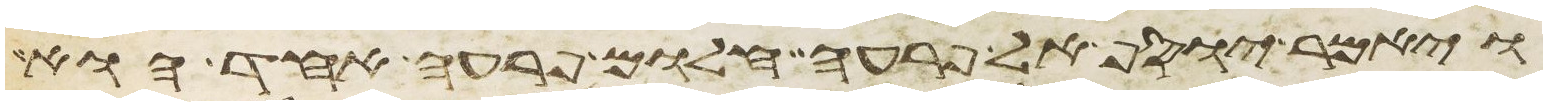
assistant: ויאמר יוסף אל פרעה חלום פרעה אחד הוא